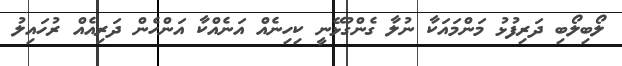
ލޯބިލޯބި ދަރިފުޅު މަންމައަކާ ނުލާ ގެންގުޅޭނީ ކިހިނެއް އަނެއްކާ އަންހެން ދަރިއެއް ރުހައިލު